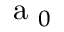
\mathrm { ~ a ~ } _ { 0 }